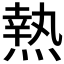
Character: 𤍠